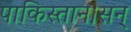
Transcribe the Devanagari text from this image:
पाकिस्तान।सन्